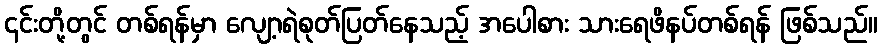
၎င်းတို့တွင် တစ်ရန်မှာ လျော့ရဲစုတ်ပြတ်နေသည့် အပေါစား သားရေဖိနပ်တစ်ရန် ဖြစ်သည်။